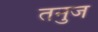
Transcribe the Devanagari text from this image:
तनुज